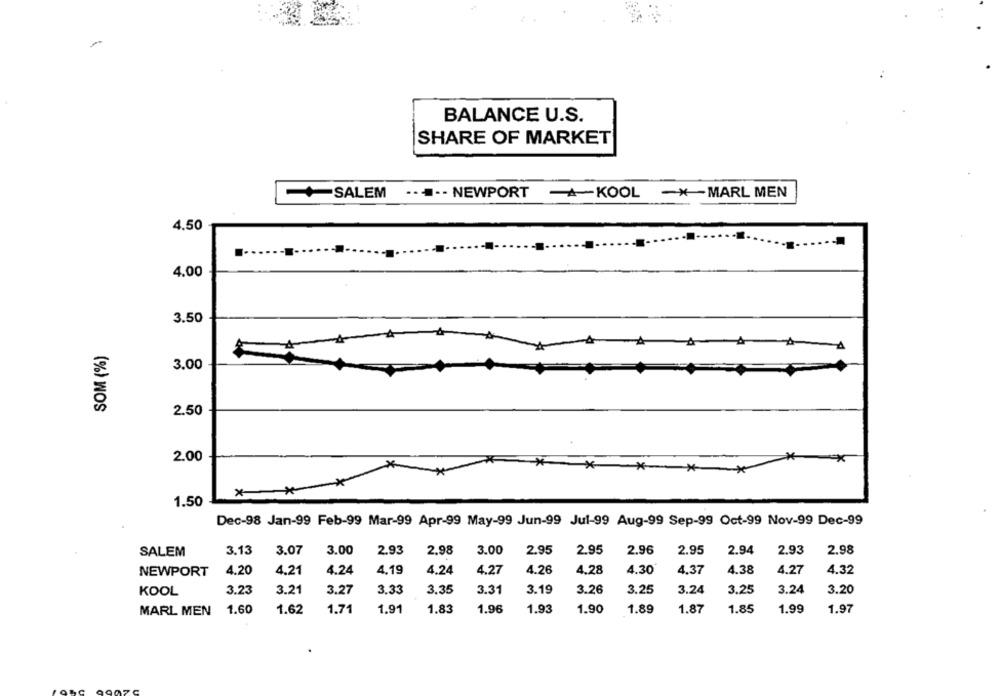
BALANCE U.S.
SHARE OF MARKET
.....- NEWPORT
-A-KOOL -- MARL MEN
SALEM
4.50
4.00
3.50
3.00
(%) WOS
2.50
2.00
* *
1.50
Dec-98 Jan-99 Feb-99 Mar-99 Apr-99 May-99 Jun-99 Jul-99 Aug-99 Sep-99 Oct-99 Nov-99 Dec-99
2.98
2.95
2.96
2.95
2.93
2.98
SALEM
3.13
3.07
3.00
2.93
3.00
2.95
2.94
4.20
4.21
4.24
4.19
4.24
4.27
4.26
4.28
4.30
4.37
4.38
4.27
4.32
NEWPORT
3.23
3.21
3.27
3.33
3.35
3.31
3.19
3.26
3.25
3.24
3.25
3.24
3.20
KOOL
MARL MEN
1.60
1.62
1.71
1.91
1.83
1.96
1.93
1.90
1.89
1.87
1.85
1.99
1.97